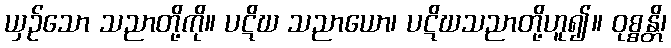
ယှဉ်သော သညာတို့ကို။ ပဋိဃ သညာယော၊ ပဋိဃသညာတို့ဟူ၍။ ဝုစ္စန္တိ၊